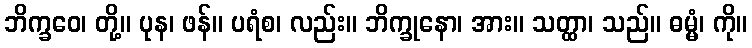
ဘိက္ခဝေ၊ တို့။ ပုန၊ ဖန်။ ပရံစ၊ လည်း။ ဘိက္ခုနော၊ အား။ သတ္ထာ၊ သည်။ ဓမ္မံ၊ ကို။